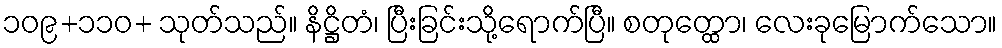
၁၀၉+၁၁၀+ သုတ်သည်။ နိဋ္ဌိတံ၊ ပြီးခြင်းသို့ရောက်ပြီ။ စတုတ္ထော၊ လေးခုမြောက်သော။